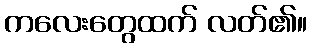
ကလေးတွေထက် လတ်၏။